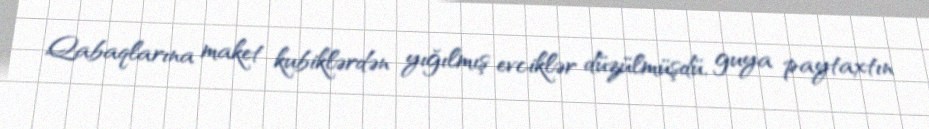
Qabaqlarına maket kubiklərdən yığılmış evciklər düzülmüşdü, guya paytaxtın